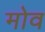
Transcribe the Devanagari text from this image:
मोव